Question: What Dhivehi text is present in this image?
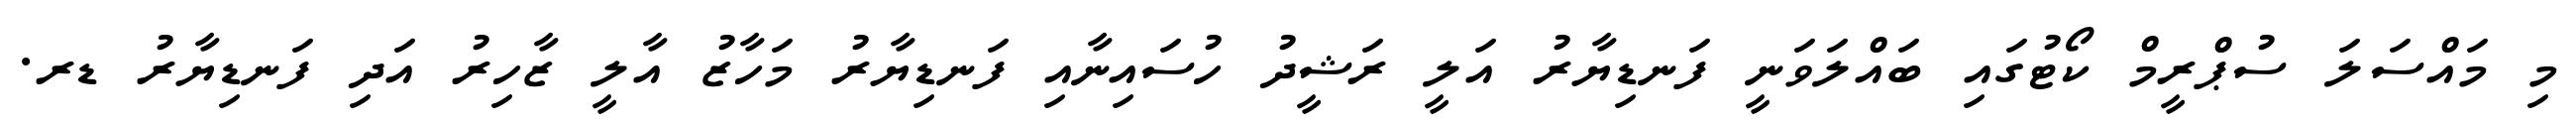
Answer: މި މައްސަލަ ސުޕްރީމް ކޯޓުގައި ބައްލަވަނީ ފަނޑިޔާރު އަލީ ރަޝީދު ހުސައިނާއި ފަނޑިޔާރު މަހާޒު އާލީ ޒާހިރު އަދި ފަނޑިޔާރު ޑރ.